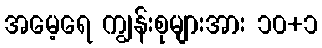
အမေ့ရေ ကျွန်းစုများအား ၁၀+၁